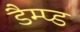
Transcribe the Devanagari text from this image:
डैम्प्ड